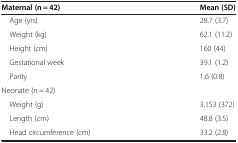
<table><thead><tr><td><b>Maternal (n = 42)</b></td><td><b>Mean (SD)</b></td></tr></thead><tbody><tr><td> Age (yrs)</td><td>28.7 (3.7)</td></tr><tr><td> Weight (kg)</td><td>62.1 (11.2)</td></tr><tr><td> Height (cm)</td><td>160 (44)</td></tr><tr><td> Gestational week</td><td>39.1 (1.2)</td></tr><tr><td> Parity</td><td>1.6 (0.8)</td></tr><tr><td>Neonate (n = 42)</td><td> </td></tr><tr><td> Weight (g)</td><td>3,153 (372)</td></tr><tr><td> Length (cm)</td><td>48.8 (3.5)</td></tr><tr><td> Head circumference (cm)</td><td>33.2 (2.8)</td></tr></tbody></table>